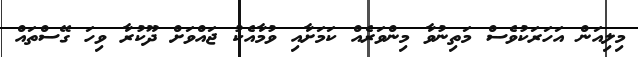
މިލިއަން އަހަރަކުވެސް މަތިނުވާ މިންވަރެއް ކަމަށާއި ވުމާއެކު ޖައްވަށް ދޫކުރާ ވިހަ ގޭސްތައް